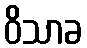
ဝိသာခ